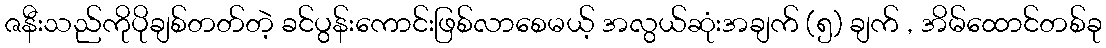
ဇနီးသည်ကိုပိုချစ်တတ်တဲ့ ခင်ပွန်းကောင်းဖြစ်လာစေမယ့် အလွယ်ဆုံးအချက် (၅) ချက် , အိမ်ထောင်တစ်ခု